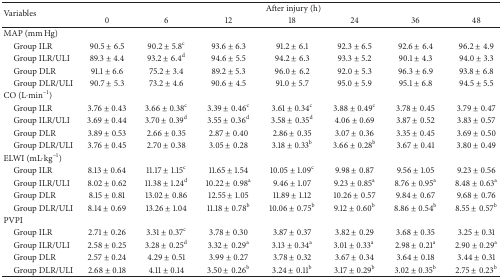
<table><thead><tr><td rowspan="2"><b>Variables</b></td><td colspan="7"><b>After injury (h)</b></td></tr><tr><td><b>0</b></td><td><b>6</b></td><td><b>12</b></td><td><b>18</b></td><td><b>24</b></td><td><b>36</b></td><td><b>48</b></td></tr></thead><tbody><tr><td>MAP (mm Hg)</td><td> </td><td> </td><td> </td><td> </td><td> </td><td> </td><td> </td></tr><tr><td> Group ILR </td><td>90.5 ± 6.5</td><td>90.2 ± 5.8<sup>c</sup></td><td>93.6 ± 6.3</td><td>91.2 ± 6.1</td><td>92.3 ± 6.5</td><td>92.6 ± 6.4</td><td>96.2 ± 4.9</td></tr><tr><td> Group ILR/ULI </td><td>89.3 ± 4.4</td><td>93.2 ± 6.4<sup>d</sup></td><td>94.6 ± 5.5</td><td>94.2 ± 6.3</td><td>93.3 ± 5.2</td><td>90.1 ± 4.3</td><td>94.0 ± 3.3</td></tr><tr><td> Group DLR </td><td>91.1 ± 6.6</td><td>75.2 ± 3.4</td><td> 89.2 ± 5.3</td><td>96.0 ± 6.2</td><td>92.0 ± 5.3</td><td>96.3 ± 6.9</td><td>93.8 ± 6.8</td></tr><tr><td> Group DLR/ULI </td><td>90.7 ± 5.3</td><td>73.2 ± 4.6</td><td> 90.6 ± 4.5</td><td>91.0 ± 5.7</td><td>95.0 ± 5.9</td><td>95.1 ± 6.8</td><td>94.5 ± 5.5</td></tr><tr><td>CO (L·min<sup>−1</sup>)</td><td> </td><td> </td><td> </td><td> </td><td> </td><td> </td><td> </td></tr><tr><td> Group ILR </td><td>3.76 ± 0.43 </td><td>3.66 ± 0.38<sup>c</sup></td><td>3.39 ± 0.46<sup>c</sup></td><td>3.61 ± 0.34<sup>c</sup></td><td>3.88 ± 0.49<sup>c</sup></td><td>3.78 ± 0.45</td><td>3.79 ± 0.47</td></tr><tr><td> Group ILR/ULI </td><td>3.69 ± 0.44 </td><td>3.70 ± 0.39<sup>d</sup></td><td>3.55 ± 0.36<sup>d</sup></td><td>3.58 ± 0.35<sup>d</sup></td><td>4.06 ± 0.69 </td><td>3.87 ± 0.52</td><td>3.83 ± 0.57</td></tr><tr><td> Group DLR </td><td>3.89 ± 0.53 </td><td>2.66 ± 0.35</td><td>2.87 ± 0.40</td><td>2.86 ± 0.35</td><td>3.07 ± 0.36 </td><td>3.35 ± 0.45</td><td>3.69 ± 0.50</td></tr><tr><td> Group DLR/ULI </td><td>3.76 ± 0.45 </td><td>2.70 ± 0.38</td><td>3.05 ± 0.28</td><td>3.18 ± 0.33<sup>b</sup></td><td>3.66 ± 0.28<sup>b</sup></td><td>3.67 ± 0.41</td><td>3.80 ± 0.49</td></tr><tr><td>ELWI (mL·kg<sup>−1</sup>)</td><td> </td><td> </td><td> </td><td> </td><td> </td><td> </td><td> </td></tr><tr><td> Group ILR </td><td>8.13 ± 0.64</td><td>11.17 ± 1.15<sup>c</sup></td><td>11.65 ± 1.54</td><td>10.05 ± 1.09<sup>c</sup></td><td>9.98 ± 0.87</td><td>9.56 ± 1.05</td><td>9.23 ± 0.56</td></tr><tr><td> Group ILR/ULI </td><td>8.02 ± 0.62</td><td>11.38 ± 1.24<sup>d</sup></td><td>10.22 ± 0.98<sup>a</sup></td><td>9.46 ± 1.07</td><td>9.23 ± 0.85<sup>a</sup></td><td>8.76 ± 0.95<sup>a</sup></td><td>8.48 ± 0.63<sup>a</sup></td></tr><tr><td> Group DLR </td><td>8.15 ± 0.81</td><td>13.02 ± 0.86</td><td>12.55 ± 1.05</td><td>11.89 ± 1.12</td><td>10.26 ± 0.57</td><td>9.84 ± 0.67</td><td>9.68 ± 0.76</td></tr><tr><td> Group DLR/ULI </td><td>8.14 ± 0.69</td><td>13.26 ± 1.04</td><td>11.18 ± 0.78<sup>b</sup></td><td>10.06 ± 0.75<sup>b</sup></td><td>9.12 ± 0.60<sup>b</sup></td><td>8.86 ± 0.54<sup>b</sup></td><td>8.55 ± 0.57<sup>b</sup></td></tr><tr><td>PVPI</td><td> </td><td> </td><td> </td><td> </td><td> </td><td> </td><td> </td></tr><tr><td> Group ILR </td><td>2.71 ± 0.26</td><td>3.31 ± 0.37<sup>c</sup></td><td>3.78 ± 0.30</td><td>3.87 ± 0.37</td><td>3.82 ± 0.29</td><td>3.68 ± 0.35</td><td>3.25 ± 0.31</td></tr><tr><td> Group ILR/ULI </td><td>2.58 ± 0.25</td><td>3.28 ± 0.25<sup>d</sup></td><td>3.32 ± 0.29<sup>a</sup></td><td>3.13 ± 0.34<sup>a</sup></td><td>3.01 ± 0.33<sup>a </sup></td><td>2.98 ± 0.21<sup>a</sup></td><td>2.90 ± 0.29<sup>a</sup></td></tr><tr><td> Group DLR </td><td>2.57 ± 0.24</td><td>4.29 ± 0.51</td><td>3.99 ± 0.27</td><td>3.78 ± 0.32</td><td>3.67 ± 0.34</td><td>3.64 ± 0.18</td><td>3.44 ± 0.31</td></tr><tr><td> Group DLR/ULI </td><td>2.68 ± 0.18</td><td>4.11 ± 0.14</td><td>3.50 ± 0.26<sup>b</sup></td><td>3.24 ± 0.11<sup>b</sup></td><td>3.17 ± 0.29<sup>b</sup></td><td>3.02 ± 0.35<sup>b</sup></td><td>2.75 ± 0.23<sup>b</sup></td></tr></tbody></table>